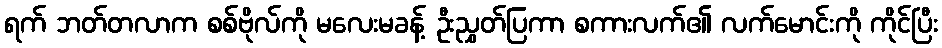
ရက် ဘတ်တလာက စစ်ဗိုလ်ကို မလေးမခန့် ဦးညွှတ်ပြကာ စကားလက်၏ လက်မောင်းကို ကိုင်ပြီး